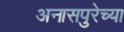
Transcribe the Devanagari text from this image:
अनासपुरेच्या